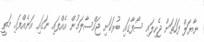
ނާޔަލް ފަހަތަށް ޖެހިލައި ސޯފާގައި ބުރަކަށި ޖައްސާލަމުން އެއްފައި ނަގައި އަނެއްފައި މަތީ